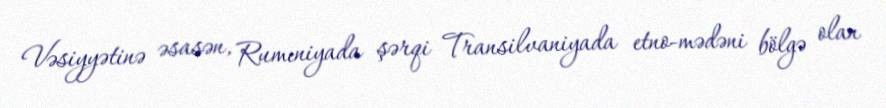
Vəsiyyətinə əsasən, Rumıniyada şərqi Transilvaniyada etno-mədəni bölgə olan